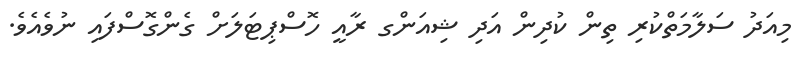
މިއަދު ސަލާމަތްކުރި ތިން ކުދިން އަދި ޝިއަންގ ރާއީ ހޮސްޕިޓަލަށް ގެންގޮސްފައި ނުވެއެވެ.